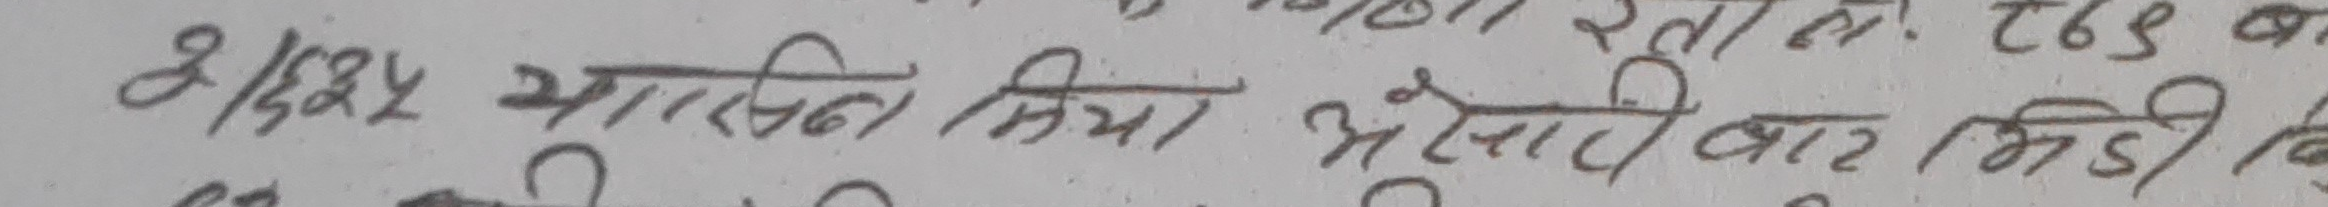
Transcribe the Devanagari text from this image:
9/124 हासिल किया भेलापी बार मिडि